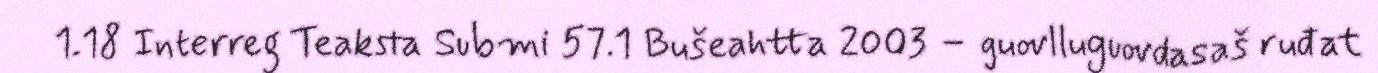
1.18 Interreg Teaksta Submi 57.1 Bušeahtta 2003 – guovlluguovdasaš ruđat